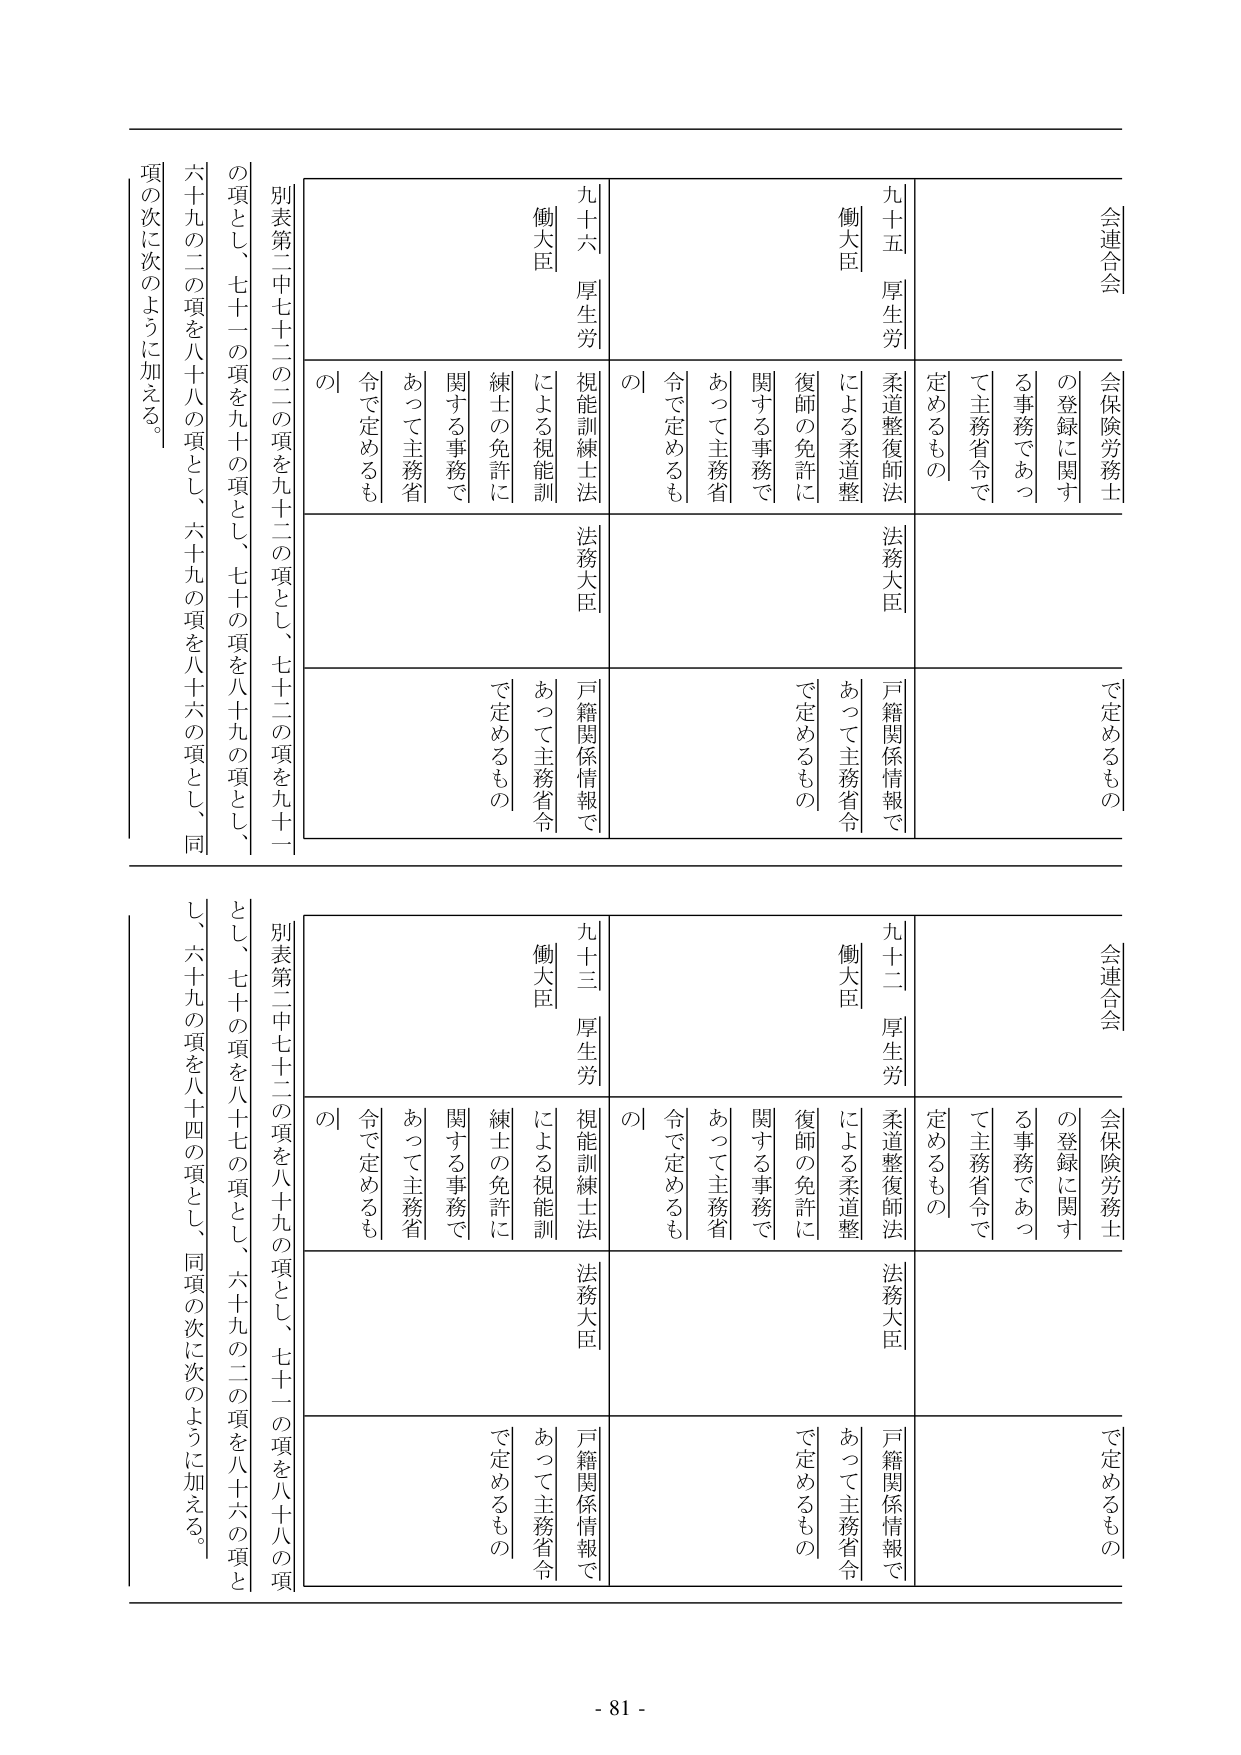
会連合会
会保険労務士
の登録に関する事務であつて主務省令で定めるもの
九十五 厚生労働大臣
柔道整復師法による柔道整復師の免許に関する事務であつて主務省令で定めるもの
法務大臣
戸籍関係情報であつて主務省令で定めるもの
九十六 厚生労働大臣
視能訓練士法による視能訓練士の免許に関する事務であつて主務省令で定めるもの
法務大臣
戸籍関係情報であつて主務省令で定めるもの
別表第二中七十二の二の項を九十二の項とし、七十二の項を九十一の項とし、七十一の項を九十の項とし、七十の項を八十九の項とし、六十九の二の項を八十八の項とし、六十九の項を八十六の項とし、同項の次に次のように加える。

会連合会
会保険労務士
の登録に関する事務であつて主務省令で定めるもの
九十二 厚生労働大臣
柔道整復師法による柔道整復師の免許に関する事務であつて主務省令で定めるもの
法務大臣
戸籍関係情報であつて主務省令で定めるもの
九十三 厚生労働大臣
視能訓練士法による視能訓練士の免許に関する事務であつて主務省令で定めるもの
法務大臣
戸籍関係情報であつて主務省令で定めるもの
別表第二中七十二の項を八十九の項とし、七十一の項を八十八の項とし、七十の項を八十七の項とし、六十九の二の項を八十六の項とし、六十九の項を八十四の項とし、同項の次に次のように加える。

- 81 -